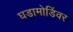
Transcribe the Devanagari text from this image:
घडामोडिंवर